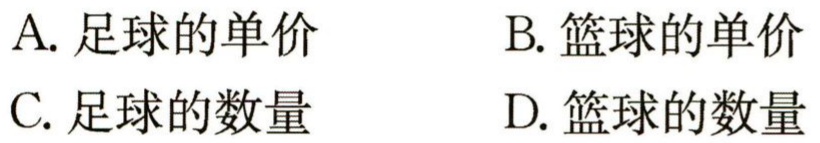
A. 足球的单价

B. 篮球的单价

C. 足球的数量

D. 篮球的数量